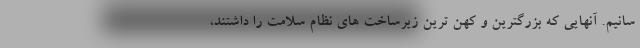
سانیم. آنهایی که بزرگترین و کهن ترین زیرساخت های نظام سلامت را داشتند،